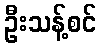
ဦးသန့်စင်